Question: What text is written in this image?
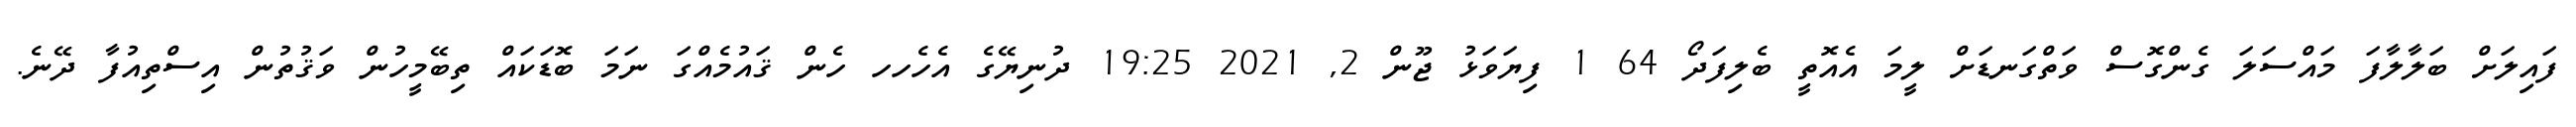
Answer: ފައިލަށް ބަލާލާފަ މައްސަލަ ގެންގޮސް ވަތްގަނޑަށް ލީމަ އެއޮތީ ބެލިފަދޯ 64 1 ފިޔަވަޅު ޖޫން 2, 2021 19:25 ދުނިޔޭގެ އެހެހހ ހެން ޤައުމެއްގަ ނަމަ ބޮޑަކައް ތިބޭމީހުން ވަޤުތުން އިސްތިއުފާ ދޭނެ.